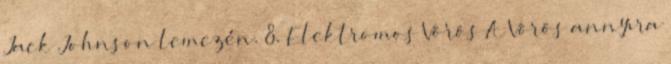
Jack Johnson lemezén. 8. Elektromos Vörös A Vörös annyira